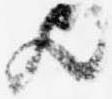
歟